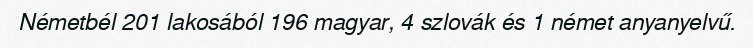
Németbél 201 lakosából 196 magyar, 4 szlovák és 1 német anyanyelvű.